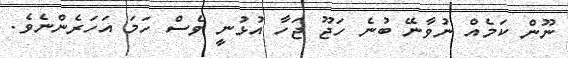
ނޫން ކަމެއް ނުވާނޭ ބުނެ ހަޖޫ ޖަހާ އުޅުނީ ވެސް ހަމަ އަހަރެންނެވެ.